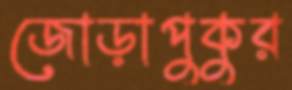
জোড়াপুকুর